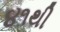
૪૧થી